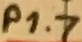
Text: P1.7